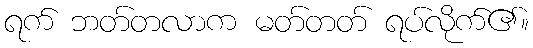
ရက် ဘတ်တလာက မတ်တတ် ရပ်လိုက်၏။